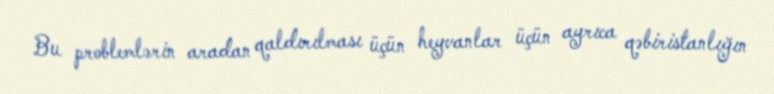
Bu problemlərin aradan qaldırılması üçün heyvanlar üçün ayrıca qəbiristanlığın